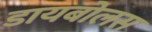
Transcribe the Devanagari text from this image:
डायबोलस